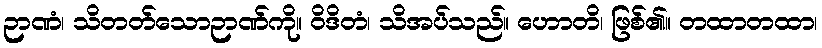
ဉာဏံ၊ သိတတ်သောဉာဏ်ကို။ ဝိဒိတံ၊ သိအပ်သည်။ ဟောတိ၊ ဖြစ်၏။ တထာတထာ၊